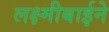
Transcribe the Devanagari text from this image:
लक्ष्मीबाईने